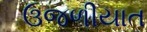
ઉજળીયાત